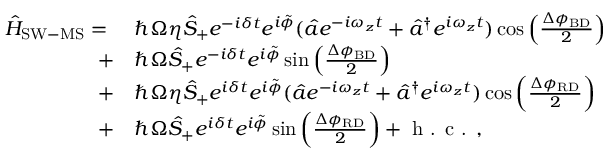
\begin{array} { r l } { \hat { H } _ { \mathrm { S W - M S } } = \ } & { \hbar \Omega \eta \hat { S } _ { + } e ^ { - i \delta t } e ^ { i \tilde { \phi } } ( \hat { a } e ^ { - i \omega _ { z } t } + \hat { a } ^ { \dagger } e ^ { i \omega _ { z } t } ) \cos { \left( \frac { \Delta \phi _ { \mathrm { B D } } } { 2 } \right) } } \\ { + } & { \hbar \Omega \hat { S } _ { + } e ^ { - i \delta t } e ^ { i \tilde { \phi } } \sin { \left( \frac { \Delta \phi _ { \mathrm { B D } } } { 2 } \right) } } \\ { + } & { \hbar \Omega \eta \hat { S } _ { + } e ^ { i \delta t } e ^ { i \tilde { \phi } } ( \hat { a } e ^ { - i \omega _ { z } t } + \hat { a } ^ { \dagger } e ^ { i \omega _ { z } t } ) \cos { \left( \frac { \Delta \phi _ { \mathrm { R D } } } { 2 } \right) } } \\ { + } & { \hbar \Omega \hat { S } _ { + } e ^ { i \delta t } e ^ { i \tilde { \phi } } \sin { \left( \frac { \Delta \phi _ { \mathrm { R D } } } { 2 } \right) + \textrm { h . c . } , } } \end{array}